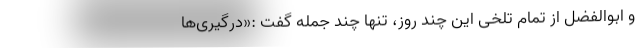
و ابوالفضل از تمام تلخی این چند روز، تنها چند جمله گفت :«درگیری‌ها